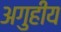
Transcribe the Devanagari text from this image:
अगुहीय